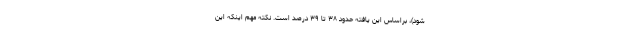
شود)، براساس این یافته حدود ۳۸ تا ۳۹ درصد است. نکته مهم اینکه این